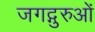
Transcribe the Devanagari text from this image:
जगद्गुरुओं